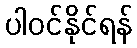
ပါဝင်နိုင်ရန်